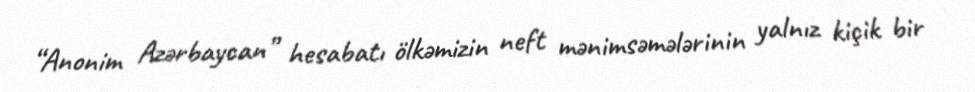
“Anonim Azərbaycan” hesabatı ölkəmizin neft mənimsəmələrinin yalnız kiçik bir